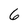
Character: 6